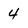
Character: 4